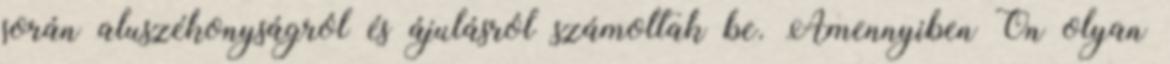
során aluszékonyságról és ájulásról számoltak be. Amennyiben Ön olyan